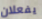
يفعلان